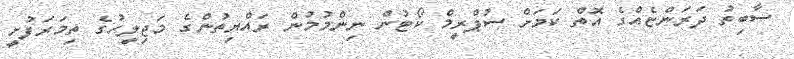
ސާބިތު ދަރަންޏެއްގެ އޮތް ކަމަށް ސުޕްރީމް ކޯޓުން ނިންމުމުން ރައްޔިތުންގެ މަޖިލީހުގެ ތިމަރަފުށީ